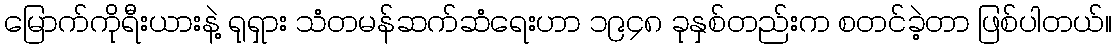
မြောက်ကိုရီးယားနဲ့ ရုရှား သံတမန်ဆက်ဆံရေးဟာ ၁၉၄၈ ခုနှစ်တည်းက စတင်ခဲ့တာ ဖြစ်ပါတယ်။